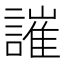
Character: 䜅